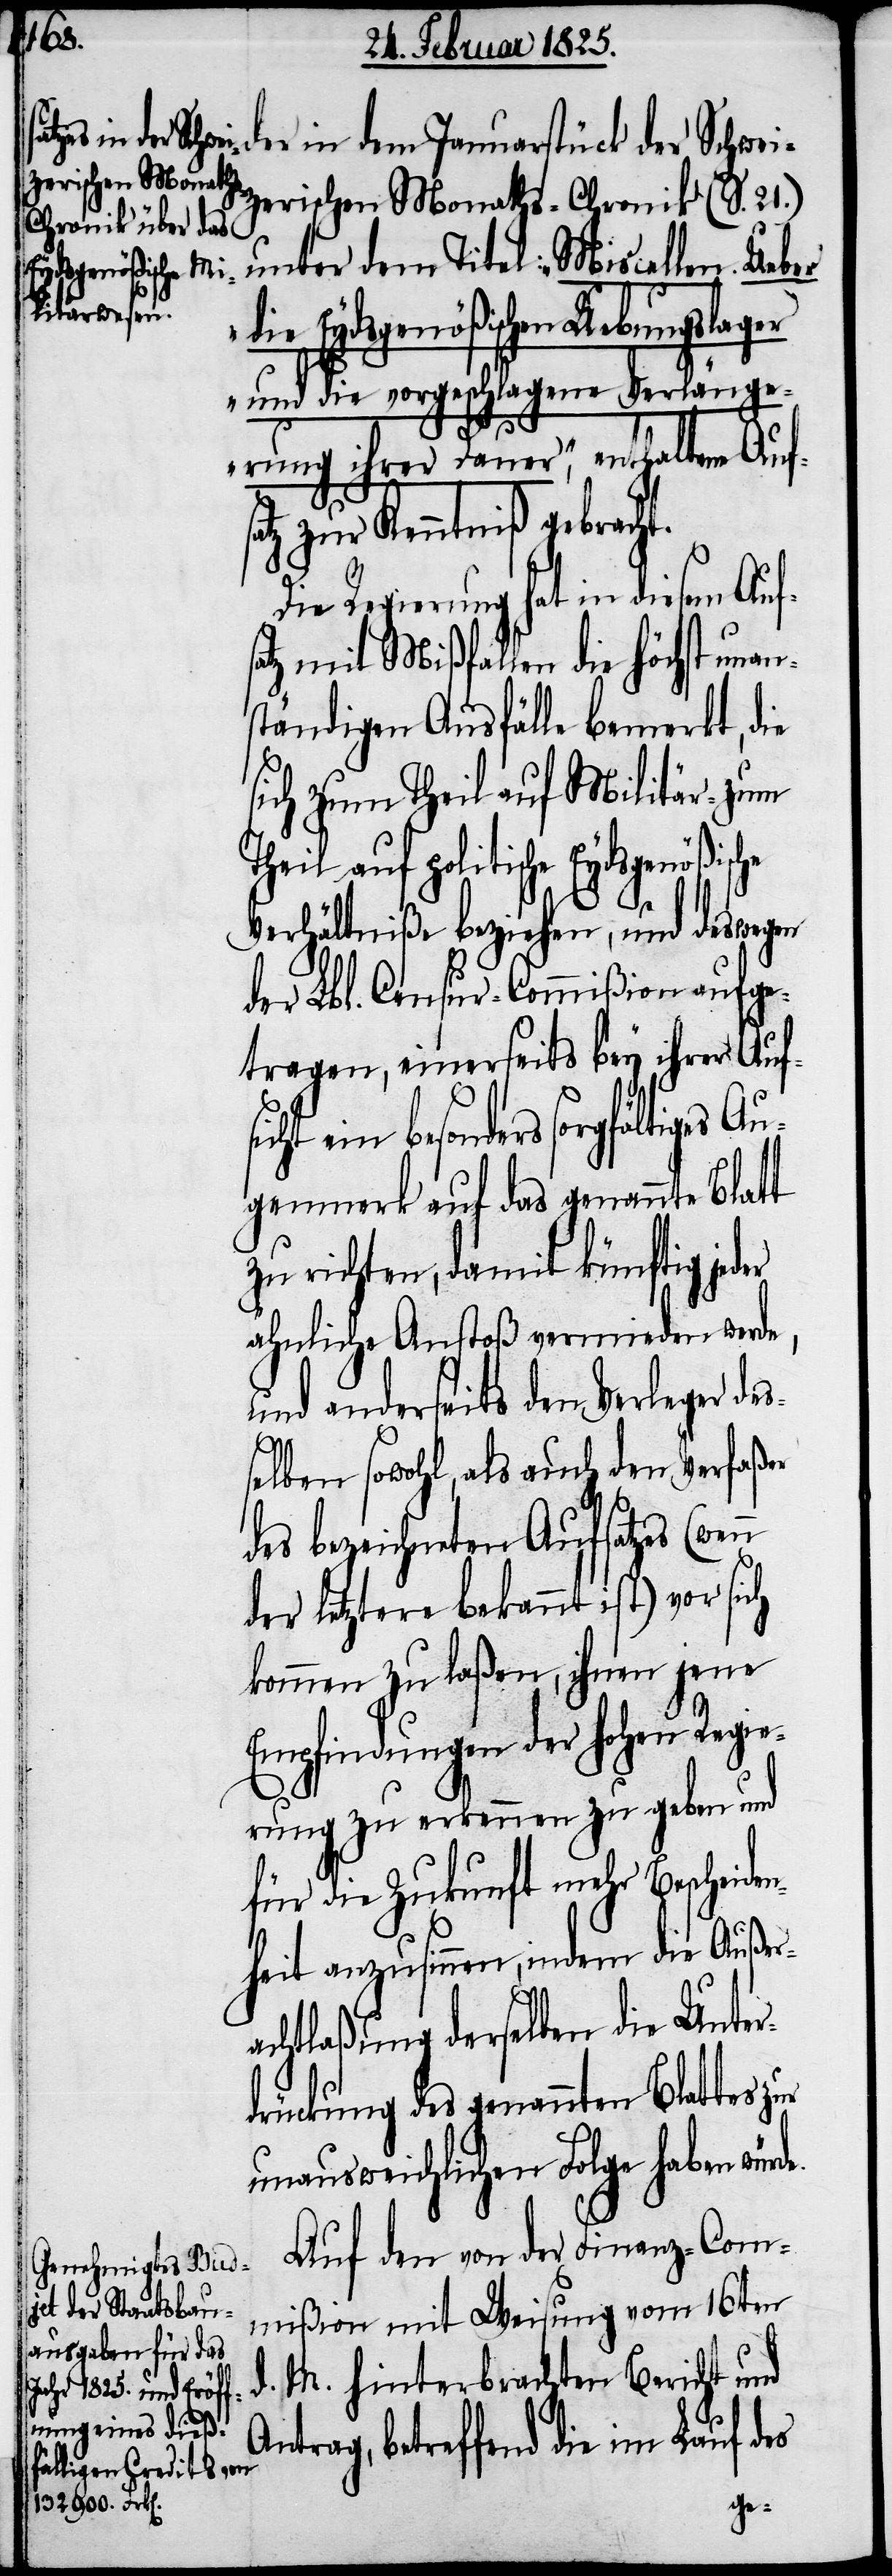
sche
der in dem Januarstück der Schwei¬
zerischen Monaths-Chronik (S. 21.)
unter dem Titel: „Miscellen. Ueber
die Eydsgenößischen Uebungslager
und die vorgeschlagene Verlänge¬
rung ihrer Dauer“, enthaltene Aufs¬
atz zur Kenntniß gebracht.
de.
Die Regierung hat in diesem Aufs¬
atz mit Mißfallen die höchst unan¬
ständigen Ausfälle bemerkt, die
sich zum Theil auf Militär- zum
Theil auf politische Eydsgenößi¬
Verhältniße beziehen, und deswegen
der Lbl. Censur-Commißion aufge¬
tragen, einerseits bey ihrer Auf¬
s sorgfältiges Au¬
genmerk auf das genannte Blatt
zu richten, damit künftig jeder
ähnliche Anstoß vermieden werde,
und anderseits den Verleger des¬
selben sowohl, als auch den Verfaßer
des bezeichneten Aufsatzes (wenn
der letztere bekannt ist) vor sich
kommen zu laßen, ihnen jene
Empfindungen der hohen Regie¬
rung zu erkennen zu geben und
für die Zukunft mehr Bescheide¬
nheit anzusinnen, indem die Außer¬
achtlaßung derselben die Unter¬
drückung des genannten Blattes
unausweichlichen Folge haben wür¬
Auf den von der Finanz-Com¬
mißion mit Weisung vom 16ten
d. M. hinterbrachten Bericht und
Antrag, betreffend die im Lauf d¬
es